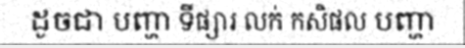
ដូចជា បញ្ហា ទីផ្សារ លក់ កសិផល បញ្ហា